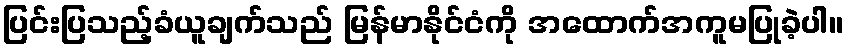
ပြင်းပြသည့်ခံယူချက်သည် မြန်မာနိုင်ငံကို အထောက်အကူမပြုခဲ့ပါ။